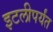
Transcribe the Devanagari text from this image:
इटलीपर्यंत